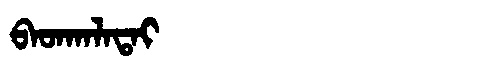
Manchu: ᠪᠠᡨᡴᠠᠯᠠᡨᠠᡳ
Romanization: BATKALATAI